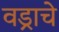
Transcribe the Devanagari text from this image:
वड्राचे